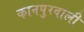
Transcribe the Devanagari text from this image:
कानपुरवाली